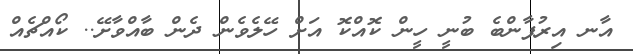
އާނ އިރުފާންބެ ބުނީ ހީން ކޮއްކޮ އަށް ހޭލެވެން ދެން ބާއްވާށޭ.. ކޯއްޗެއް